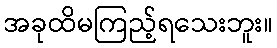
အခုထိမကြည့်ရသေးဘူး။